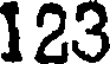
123